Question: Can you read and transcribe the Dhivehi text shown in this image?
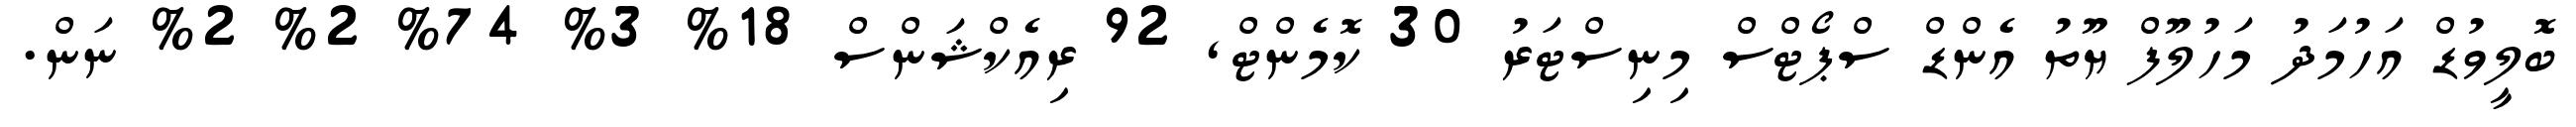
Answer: ބޮލީވުޑް އަހުމަދު މަހުލޫފް ޔޫތު އެންޑް ސްޕޯޓްސް މިނިސްޓަރު 30 ކޮމެންޓް, 92 ރިއެކްޝަންސް 18% 3% 74% 2% 2% ނަން.